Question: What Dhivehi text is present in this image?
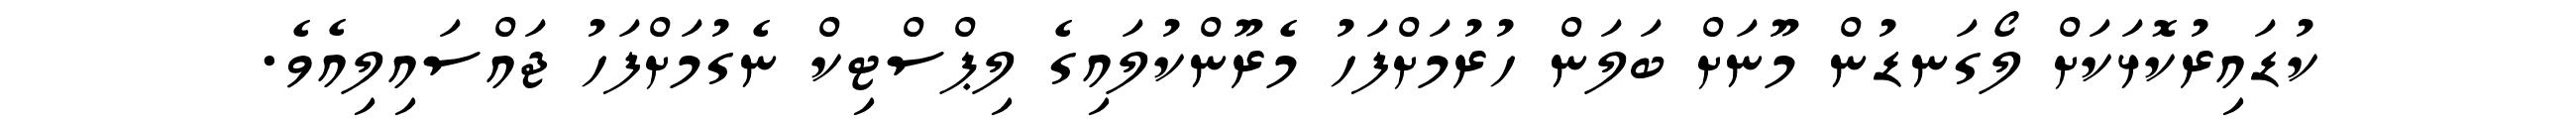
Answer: ކުޑައިރުކޮޅަކަށް ލޯގަނޑުން މޫނަށް ބަލަން ހުރުމަށްފަހު މެރޫންކުލައިގެ ލިޕްސްޓިކް ނެގުމަށްފަހު ޖައްސައިލިއެވެ.